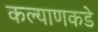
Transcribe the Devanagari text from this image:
कल्याणकडे